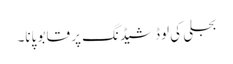
بجلی کی لوڈشیڈنگ پر قابو پانا۔